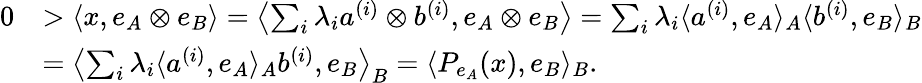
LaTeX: \begin{array}{rl}{0}&{>\langle x,e_{A}\otimes e_{B}\rangle=\left\langle\sum_{i}\lambda_{i}a^{(i)}\otimes b^{(i)},e_{A}\otimes e_{B}\right\rangle=\sum_{i}\lambda_{i}\langle a^{(i)},e_{A}\rangle_{A}\langle b^{(i)},e_{B}\rangle_{B}}\\ &{=\left\langle\sum_{i}\lambda_{i}\langle a^{(i)},e_{A}\rangle_{A}b^{(i)},e_{B}\right\rangle_{B}=\langle P_{e_{A}}(x),e_{B}\rangle_{B}.}\end{array}